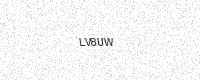
Text: LV8UW